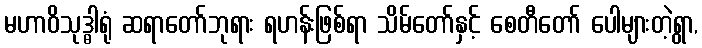
မဟာဝိသုဒ္ဓါရုံ ဆရာတော်ဘုရား ရဟန်းဖြစ်ရာ သိမ်တော်နှင့် စေတီတော် ပေါများတဲ့ရွာ,